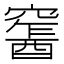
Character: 𨢛